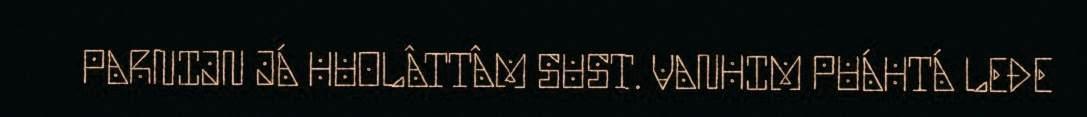
PARNIJN JÁ HUOLÂTTÂM SUST. VANHIM PUÁHTÁ LEĐE